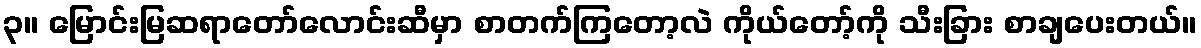
၃။ မြောင်းမြဆရာတော်လောင်းဆီမှာ စာတက်ကြတော့လဲ ကိုယ်တော့်ကို သီးခြား စာချပေးတယ်။